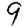
Digit: 9